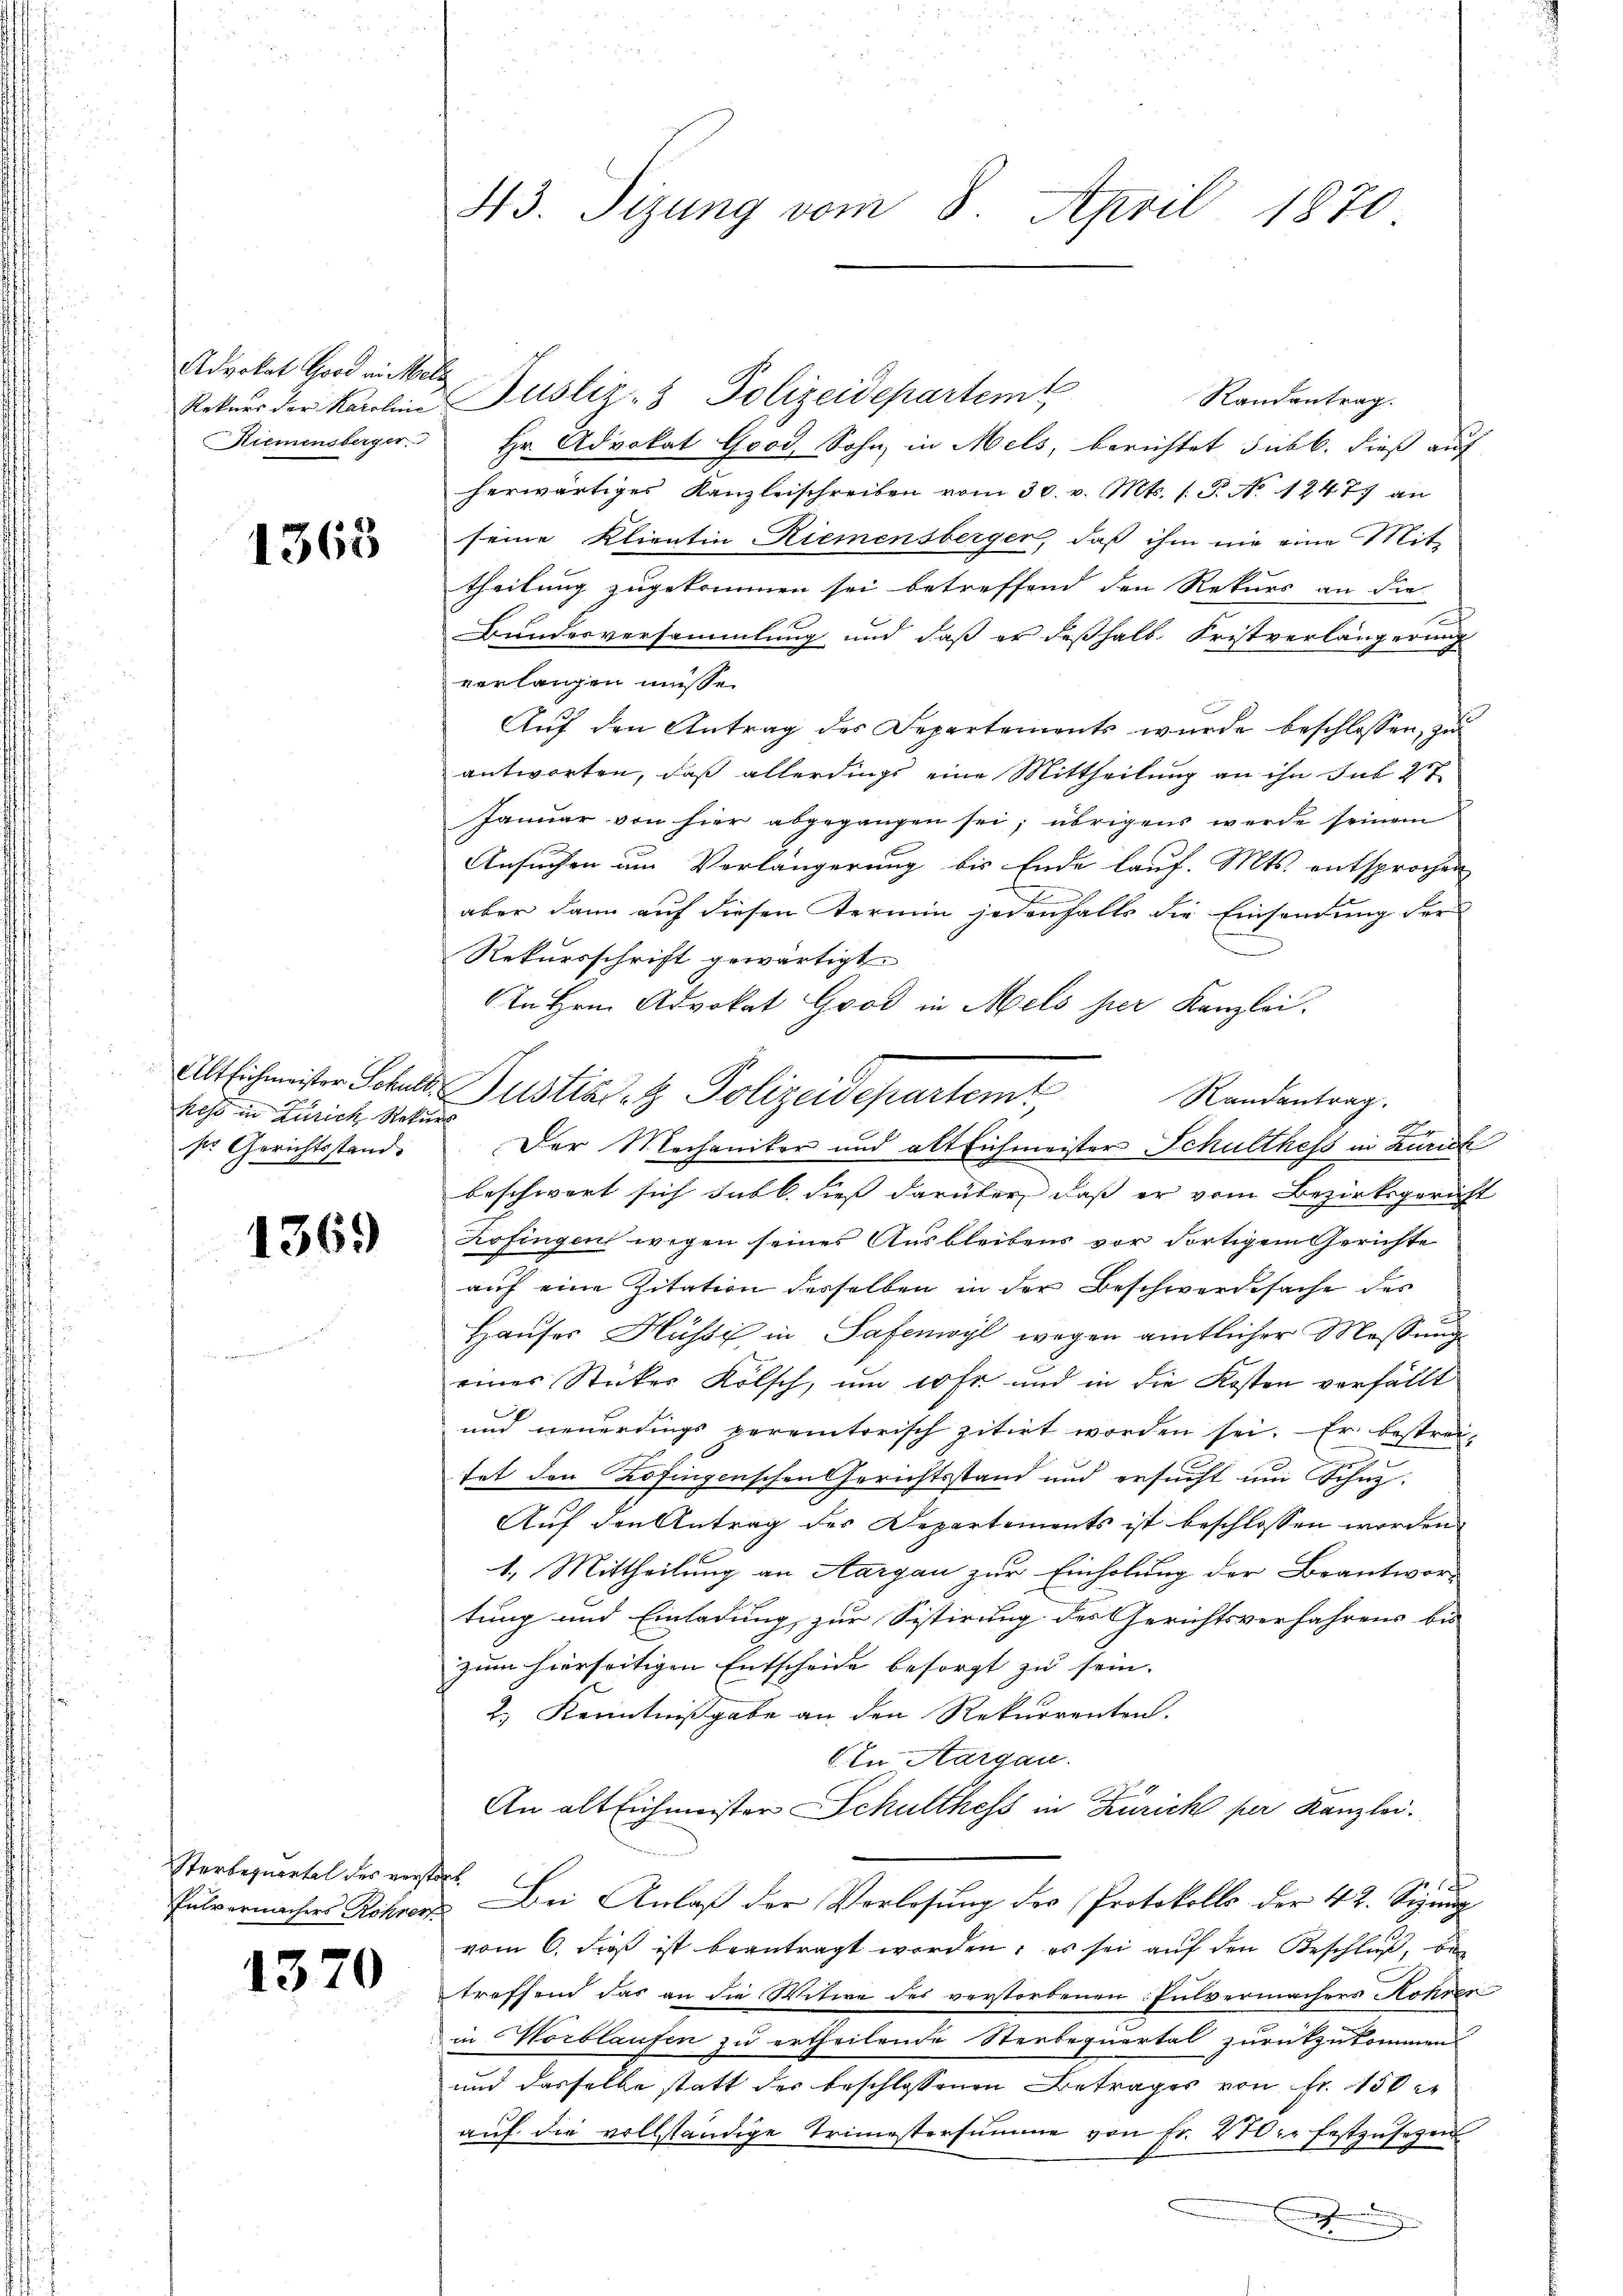
Advokat Good in Mel
Rekurs der Karoline
Riemensberger.

1363

Alt Eichmeister Schult
hess in Zürich, Rekur
ser Gerichtsstand. |

1369

Sterbequartal des versta¬
Pulvernachers Rohrer

1370

43. Sizung vom 8. April 1870

¬
Justiz- & Polizeidepartem
Randantrag.
Hr. Advokat Good, Sohn in Mels, berichtet sub b. dieß auf
herwärtiges Kanzleischreiben vom 30. v. Mts. s. S. No 1247. an
seine Klientin Riemensberger, daß ihm nie eine Mit-
theilung zugekommen sei betreffend den Rekurs an die
Bundesversammlung und daß er deßhalb Fristverlängering
verlangen müsse.
Auf den Antrag des Departements wurde beschlossen, zu
antworten, daß allerdings eine Mittheilung an ihn sub 27
Januar von hier abgegangen sei; übrigens werde seinem
Ansuchen um Verlängerung bis Ende lauf. Mts. entsprochen
aber dann auf diesen Termin jedenfalls die Einsendung der
Rekursschrift gewärtigt.
An Hrn. Advokat Good in Mels per Kanzlei.
Randantrag.
Der Mechaniker und alt Eichmeister Schulthess in Zürich
beschwert sich subt dies darüber, daß er vom Bezirksgericht
Zofingen wegen seines Ausbleibens vor dortigem Gerichte
auf eine Zitation desselben in der Beschwerdesache des
Hauser Hüssig in Safenwyl wegen amtlicher Messung
eines Stecker Kölsch, um erst und in die Kosten verfällt
und neuerdings vereintorisch zitirt worden sei. Er bestrei-
.
tet den Zofingenschen Gerichtsstand und ersucht um Schuz¬
Auf den Antrag des Departements ist beschlossen worden
1. Mittheilung an Aargau zur Einholung der Beantwor-
tung und Einladung zur Sistirung des Gerichtsverfahrens bis
zum hierseitigen Entscheide besorgt zu sein. |
2.) Kenntnißgabe an den Rekurrenten.
CIn Aargau.
An alt Eichmeister Schulthess in Zürich per Kanzlei.
. Bei Anlaß der Verlosung des Protokolls der 42. Sinn
vom 6. dieß ist beantragt worden, es sei auf den Beschluß, bi
treffend das an die Witwe des verstorbenen Pulvermachers Kohrer
in Wortlaufen zu ertheilende Sterbequartal zurükzukommen
und dasselbe statt des beschlossenen Betrages von Fr. 150
auf die vollständige Trimestersumme von Fr. 200. festzusetzen

Justiz s. z. Polizeidepartemt,